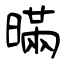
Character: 暪